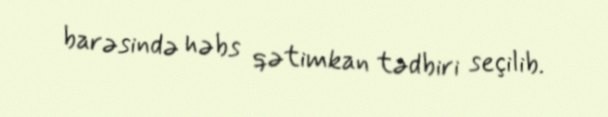
barəsində həbs qətimkan tədbiri seçilib.